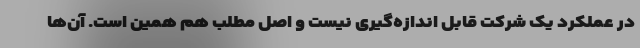
در عملکرد یک شرکت قابل اندازه‌گیری نیست و اصل مطلب هم همین است. آن‌ها